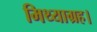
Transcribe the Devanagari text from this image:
मिथ्याग्रह।